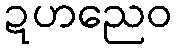
ဍဟညေဝ